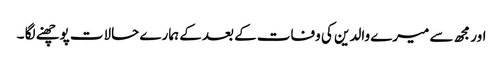
اور مجھ سے میرے والدین کی وفات کے بعد کے ہمارے حالات پوچھنے لگا ۔